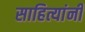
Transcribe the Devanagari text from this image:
साहित्यांनी